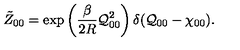
\tilde { Z } _ { 0 0 } = \exp \left( \frac { \beta } { 2 R } { \cal Q } _ { 0 0 } ^ { 2 } \right) \delta ( { \cal Q } _ { 0 0 } - \chi _ { 0 0 } ) .